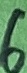
Text: 6